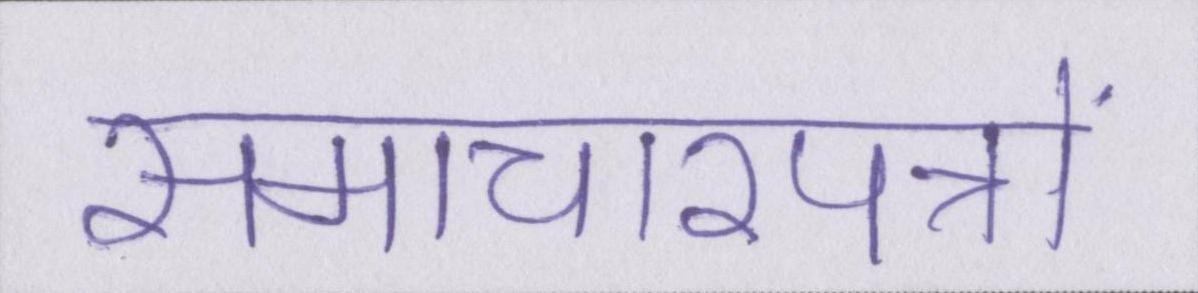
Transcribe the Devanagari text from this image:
समाचारपत्रों